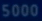
$000